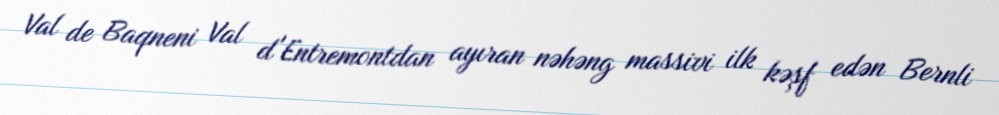
Val de Baqneni Val d'Entremontdan ayıran nəhəng massivi ilk kəşf edən Bernli